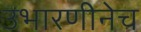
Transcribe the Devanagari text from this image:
उभारणीनेच